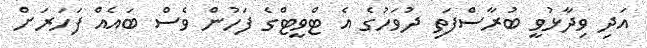
އަދި ވިދާޅުވީ ބުރާސްފަތި ދުވަހުގެ އެ ޓްވީޓްގެ ފަހުން ވެސް ބައެއް ފަހަރަށް